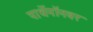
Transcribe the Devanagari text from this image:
पार्थेनॉनवर